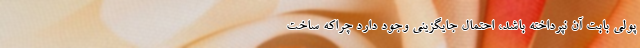
پولی بابت آن نپرداخته باشد، احتمال جایگزینی وجود دارد چراکه ساخت